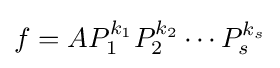
f=AP_{1}^{k_{1}}P_{2}^{k_{2}}\cdots P_{s}^{k_{s}}